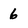
Character: 6